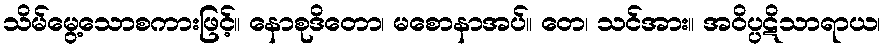
သိမ်မွေ့သောစကားဖြင့်။ နောစုဒိတော၊ မစောနာအပ်။ တေ၊ သင်အား။ အဝိပ္ပဋိသာရာယ၊